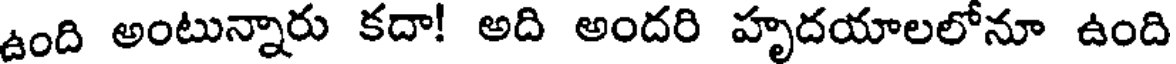
ఉంది అంటున్నారు కదా! అది అందరి హృదయాలలోనూ ఉంది